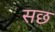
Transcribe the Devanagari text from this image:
सछ